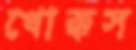
খোক্কস